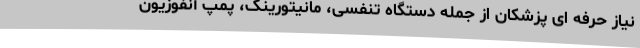
نیاز حرفه ای پزشکان از جمله دستگاه تنفسی، مانیتورینگ، پمپ آنفوزیون